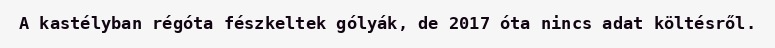
A kastélyban régóta fészkeltek gólyák, de 2017 óta nincs adat költésről.